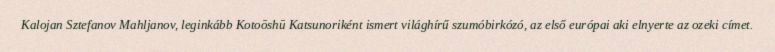
Kalojan Sztefanov Mahljanov, leginkább Kotoōshū Katsunoriként ismert világhírű szumóbirkózó, az első európai aki elnyerte az ozeki címet.